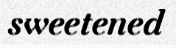
sweetened